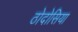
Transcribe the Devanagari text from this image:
ठोदोसिया